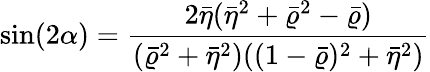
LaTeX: \sin(2\alpha)=\frac{2\bar{\eta}(\bar{\eta}^{2}+\bar{\varrho}^{2}-\bar{\varrho})}{(\bar{\varrho}^{2}+\bar{\eta}^{2})((1-\bar{\varrho})^{2}+\bar{\eta}^{2})}